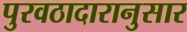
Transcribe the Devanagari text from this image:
पुरवठादारानुसार